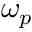
\omega _ { p }